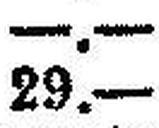
29.—